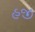
હજી